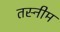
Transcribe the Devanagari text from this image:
तस्नीम